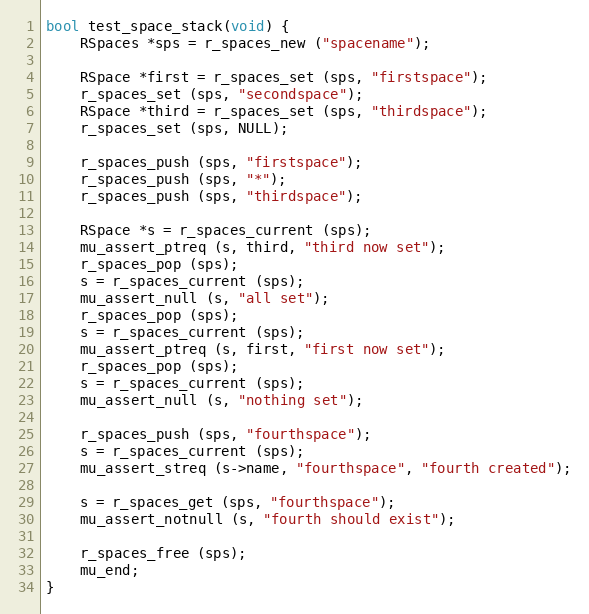
Language: C
bool test_space_stack(void) {
	RSpaces *sps = r_spaces_new ("spacename");

	RSpace *first = r_spaces_set (sps, "firstspace");
	r_spaces_set (sps, "secondspace");
	RSpace *third = r_spaces_set (sps, "thirdspace");
	r_spaces_set (sps, NULL);

	r_spaces_push (sps, "firstspace");
	r_spaces_push (sps, "*");
	r_spaces_push (sps, "thirdspace");

	RSpace *s = r_spaces_current (sps);
	mu_assert_ptreq (s, third, "third now set");
	r_spaces_pop (sps);
	s = r_spaces_current (sps);
	mu_assert_null (s, "all set");
	r_spaces_pop (sps);
	s = r_spaces_current (sps);
	mu_assert_ptreq (s, first, "first now set");
	r_spaces_pop (sps);
	s = r_spaces_current (sps);
	mu_assert_null (s, "nothing set");

	r_spaces_push (sps, "fourthspace");
	s = r_spaces_current (sps);
	mu_assert_streq (s->name, "fourthspace", "fourth created");

	s = r_spaces_get (sps, "fourthspace");
	mu_assert_notnull (s, "fourth should exist");

	r_spaces_free (sps);
	mu_end;
}